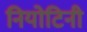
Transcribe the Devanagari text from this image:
नियोटिनी